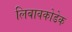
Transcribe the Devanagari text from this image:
लिबावकोडेक